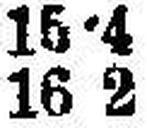
16 2